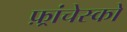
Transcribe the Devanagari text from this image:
फ़्रांचेस्को